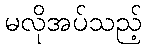
မလိုအပ်သည့်